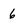
Character: 6